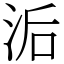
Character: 洉